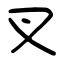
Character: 叉